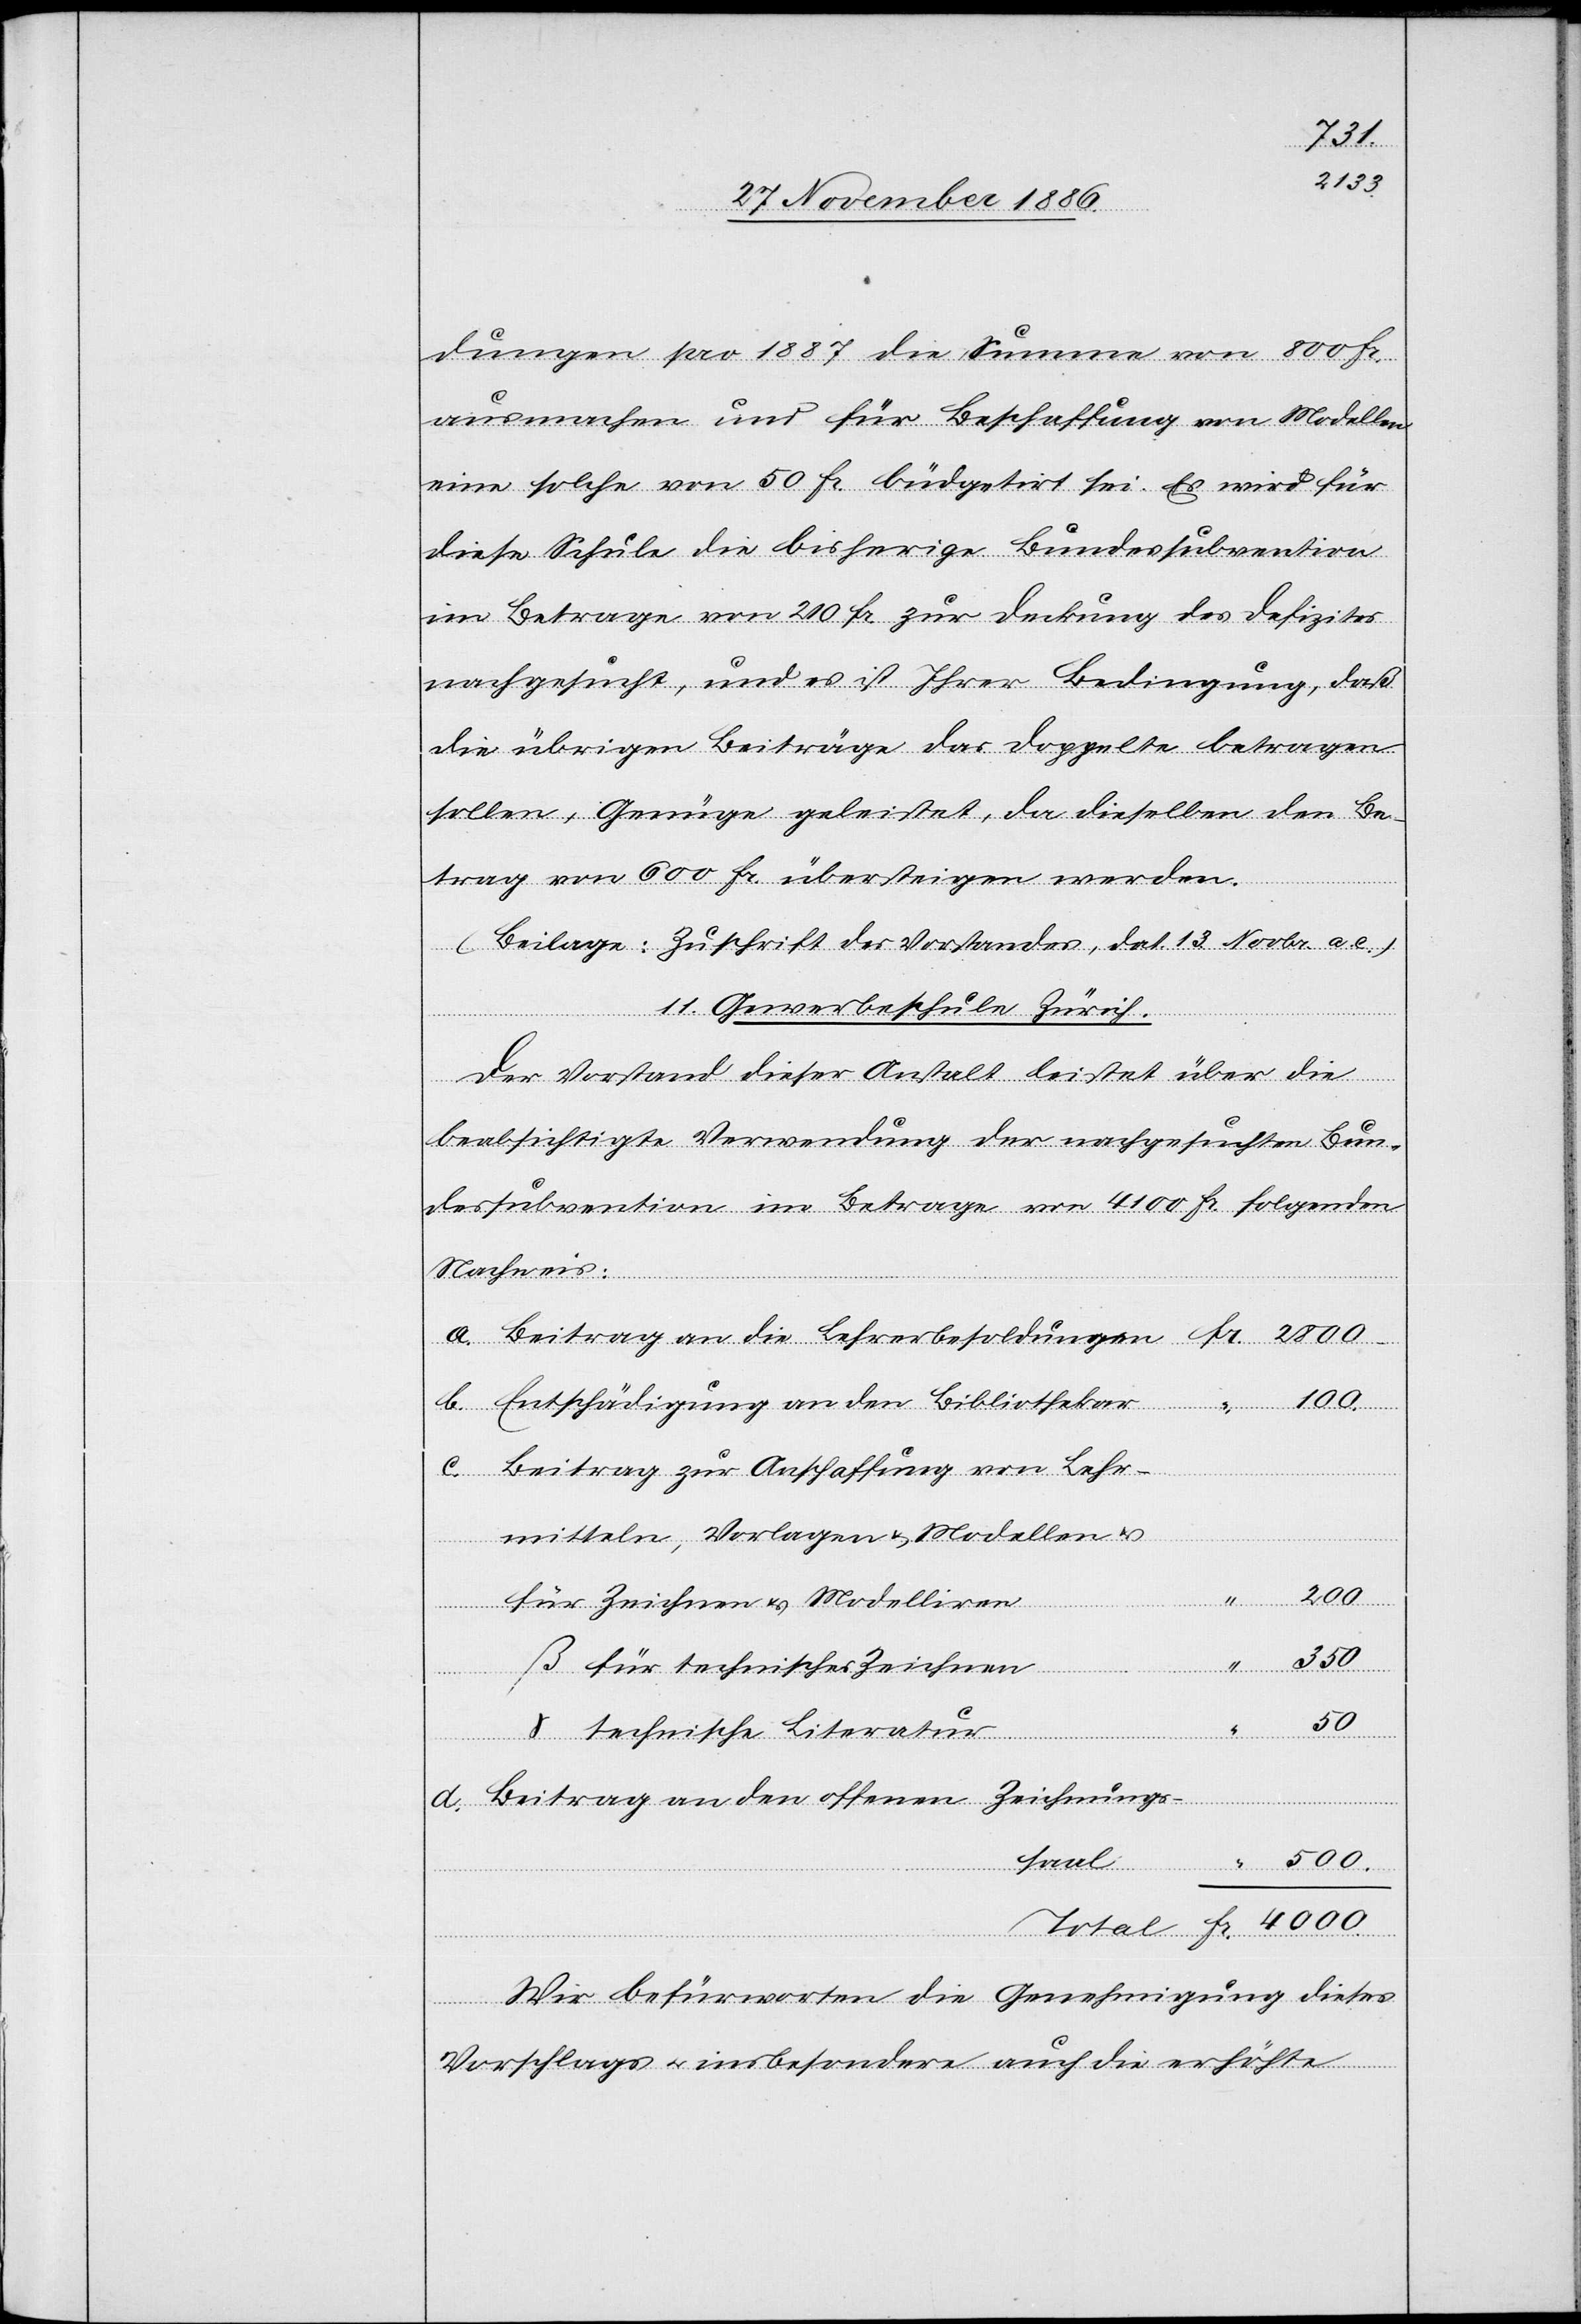
Fr.
dungen pro 1887 die Summe von 800 Fr.
ausmachen und für Beschaffung von Modellen
eine solche von 50 Fr. büdgetirt sei. Es wird für
diese Schule die bisherige Bundessubvention
im Betrage von 200 Fr. zur Deckung des Defizites
nachgesucht, und es ist Ihrer Bedingung, daß
die übrigen Beiträge das Doppelte betragen
sollen, Genüge geleistet, da dieselben den Be¬
trag von 600 Fr. übersteigen werden.
(Beilage: Zuschrift des Vorstandes, dat. 13. Novbr. a. c.)
11. Gewerbeschule Zürich.
für technisches
Der Vorstand dieser Anstalt leistet über die
beabsichtigte Verwendung der nachgesuchten Bun¬
dessubvention im Betrage von 4100 Fr. folgenden
Nachweis:
Beitrag zur Anschaffung von Lehr¬
mitteln, Vorlagen & Modellen &
4000
c.
d.
für Zeichnen & Modelliren
Zeichnen
500
δ technische Literatur
Beitrag an den offenen Zeichnungs¬
saal
Wir befürworten die Genehmigung dieses
Vorschlags & insbesondere auch die erhöhte